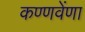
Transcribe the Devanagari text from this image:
कण्णवेंणा